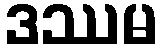
ဒဿမ